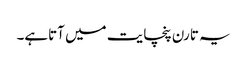
یہ تارن پنچایت میں آتاہے۔